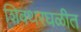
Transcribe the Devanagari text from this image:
शिवथरघळीत